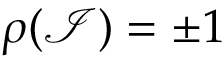
\rho ( \mathcal { I } ) = \pm 1